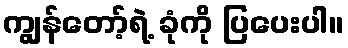
ကျွန်တော့်ရဲ့ ခုံကို ပြပေးပါ။